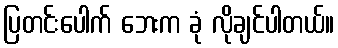
ပြတင်းပေါက် ဘေးက ခုံ လိုချင်ပါတယ်။